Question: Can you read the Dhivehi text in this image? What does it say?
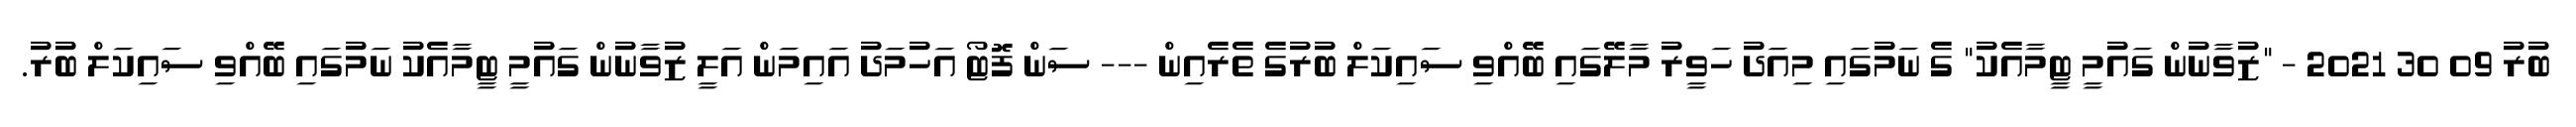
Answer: ބުރު 09 30 2021 - "ޒުވާނުން ގައުމީ ޓީމާއެކު" ގެ ނަމުގައި މިއަދު ހަވީރު މާލޭގައި ބޭއްވި ސައިކަލް ބުރުގެ ތެރެއިން --- ސަން ފޮޓޯ އަހުމަދު އައިމަން އަލީ ޒުވާނުން ގައުމީ ޓީމާއެކު ނަމުގައި ބޭއްވި ސައިކަލް ބުރު.